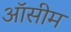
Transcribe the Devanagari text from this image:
ऑसीम